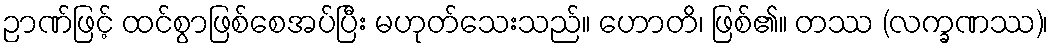
ဉာဏ်ဖြင့် ထင်စွာဖြစ်စေအပ်ပြီး မဟုတ်သေးသည်။ ဟောတိ၊ ဖြစ်၏။ တဿ (လက္ခဏဿ)၊